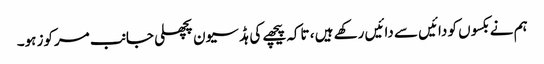
ہم نے بکسوں کو دائیں سے دائیں رکھے ہیں ، تاکہ پیچھے کی ہڈ سیون پچھلی جانب مرکوز ہو۔